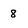
Character: 8